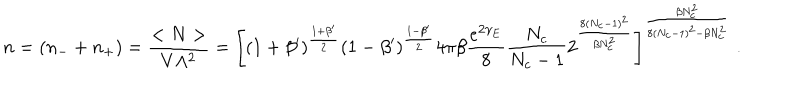
LaTeX: n = ( n _ { - } + n _ { + } ) = \frac { < N > } { V \Lambda ^ { 2 } } = \Bigg [ ( 1 + \beta ^ { \prime } ) ^ { \frac { 1 + \beta ^ { \prime } } { 2 } } ( 1 - \beta ^ { \prime } ) ^ { \frac { 1 - \beta ^ { \prime } } { 2 } } 4 \pi \beta \frac { e ^ { 2 \gamma _ { E } } } { 8 } \frac { N _ { c } } { N _ { c } - 1 } 2 ^ { \frac { 8 ( N _ { c } - 1 ) ^ { 2 } } { \beta N _ { c } ^ { 2 } } } \Bigg ] ^ { \frac { \beta N _ { c } ^ { 2 } } { 8 ( N _ { c } - 1 ) ^ { 2 } - \beta N _ { c } ^ { 2 } } } \; .